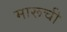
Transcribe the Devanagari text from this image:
मारूची